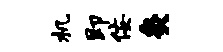
机即佞灸